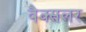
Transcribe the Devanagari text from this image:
वैक्सलर